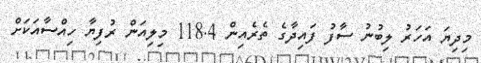
މިދިޔަ އަހަރު ލިބުނު ސާފު ފައިދާގެ ތެރެއިން 118.4 މިލިއަން ރުފިޔާ ހިއްސާއަކަށް